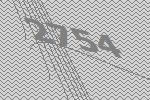
2754